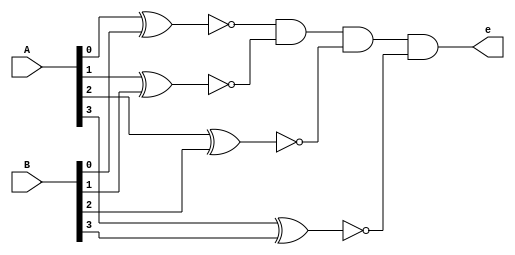
module comparator(input [3:0]A,input [3:0]B,output e);
wire [3:0]x;
assign x[0]=~(A[0]^B[0]);
assign x[1]=~(A[1]^B[1]);
assign x[2]=~(A[2]^B[2]);
assign x[3]=~(A[3]^B[3]);
assign e=x[0]&x[1]&x[2]&x[3];
endmodule
 
module password(input [3:0]A1,input [3:0]A2,input [3:0]A3,input [3:0]A4,input [3:0]B1,input [3:0]B2,input [3:0]B3,input [3:0]B4,output o);
wire e1,e2,e3,e4;
comparator C1(A1,B1,e1);
comparator C2(A2,B2,e2);
comparator C3(A3,B3,e3);
comparator C4(A4,B4,e4);
assign o= e1 & e2 & e3 & e4;
endmodule

module voting_machine (
    input [3:0]A1,input [3:0]A2,input [3:0]A3,input [3:0]A4,input [3:0]B1,input [3:0]B2,input [3:0]B3,input [3:0]B4,output o,
    input wire clk1,
    input wire clk2,
    input wire clk3,
    input wire clk4,
    input wire [3:0]count1,
    input wire [3:0]count2,
    input wire [3:0]count3,
    input wire [3:0]count4,
    output reg [3:0] counter1,
    output reg [3:0] counter2,
    output reg [3:0] counter3,
    output reg [3:0] counter4,
    input wire display,
    output reg P,
    output reg Q,
    output reg R,
    output reg S
);
password p1(A1,A2,A3,A4,B1,B2,B3,B4,o);
always@(clk1==0 & clk2==0 & clk3==0 & clk4==0 &o==1'b1 & display==0)
begin
    counter1 <= 4'b0000;
    counter2 <= 4'b0000;
    counter3 <= 4'b0000;
    counter4 <= 4'b0000;
end
always@(clk1==0 & clk2==0 & clk3==0 & clk4==0 &o==1'b0 & display==0)
begin
    counter1 <= 4'b0000;
    counter2 <= 4'b0000;
    counter3 <= 4'b0000;
    counter4 <= 4'b0000;
end
always @(posedge clk1 & clk2==0 &clk3==0 &clk4==0 &o==1'b0 & display==0 ) begin
    counter1 <= count1;
    counter2 <= count2;
    counter3 <= count3;
    counter4 <= count4;
end
always @(posedge clk2 & clk1==0 &clk3==0 &clk4==0 &o==1'b0 & display==0) begin
    counter2 <= count2;
    counter1 <= count1;
    counter3 <= count3;
    counter4 <= count4;
end
always @(posedge clk3 &clk2==0 &clk1==0 &clk4==0 &o==1'b0 & display==0) begin
    counter3 <= count3;
    counter1 <= count1;
    counter4 <= count4;
    counter2 <= count2;
end
always @(posedge clk4 & clk1==0 &clk3==0 &clk2==0 &o==1'b0 & display==0) begin
    counter4 <= count4;
     counter1 <= count1;
     counter2 <= count2;
     counter3 <= count3;
end
always @(posedge clk1 & clk2==0 &clk3==0 &clk4==0 &o==1'b1 & display==0 ) begin
    counter1 <= count1 + 4'b0001;
    counter2 <= count2;
    counter3 <= count3;
    counter4 <= count4;
end
always @(posedge clk2 & clk1==0 &clk3==0 &clk4==0 &o==1'b1 & display==0) begin
    counter2 <= count2 + 4'b0001;
    counter1 <= count1;
    counter3 <= count3;
    counter4 <= count4;
end
always @(posedge clk3 &clk2==0 &clk1==0 &clk4==0 &o==1'b1 & display==0) begin
    counter3 <= count3 + 4'b0001;
    counter1 <= count1;
    counter4 <= count4;
    counter2 <= count2;
end
always @(posedge clk4 & clk1==0 &clk3==0 &clk2==0 &o==1'b1 & display==0) begin
    counter4 <= count4 + 4'b0001;
     counter1 <= count1;
     counter2 <= count2;
     counter3 <= count3;
end
always @(display==1'b1) begin
     if (counter1 >= counter2 && counter1 >= counter3 && counter1 >= counter4)
                P <= 1'b1;
            else
                P <= 1'b0;

            if (counter2 >= counter1 && counter2 >= counter3 && counter2 >= counter4)
                Q <= 1'b1;
            else
                Q <= 1'b0;

            if (counter3 >= counter1 && counter3 >= counter2 && counter3 >= counter4)
                R <= 1'b1;
            else
                R <= 1'b0;

            if (counter4 >= counter1 && counter4 >= counter2 && counter4 >= counter3)
                S <= 1'b1;
            else
                S <= 1'b0;
end
endmodule